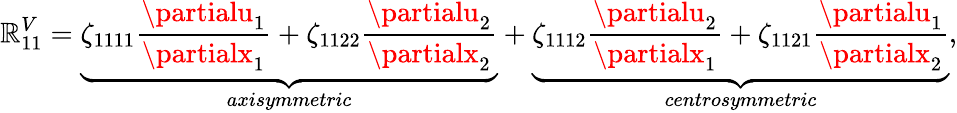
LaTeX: \mathbb{R}_{11}^{V}=\underbrace{{\zeta_{1111}\frac{{\partialu_{1}}}{{\partialx_{1}}}+\zeta_{1122}\frac{{\partialu_{2}}}{{\partialx_{2}}}}}_{axisymmetric}+\underbrace{{\zeta_{1112}\frac{{\partialu_{2}}}{{\partialx_{1}}}+\zeta_{1121}\frac{{\partialu_{1}}}{{\partialx_{2}}}}}_{centrosymmetric},